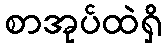
စာအုပ်ထဲရှိ